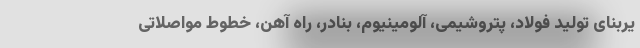
یربنای تولید فولاد، پتروشیمی، آلومینیوم، بنادر، راه آهن، خطوط مواصلاتی